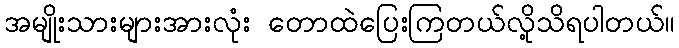
အမျိုးသားများအားလုံး တောထဲပြေးကြတယ်လို့သိရပါတယ်။